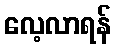
လေ့လာရန်